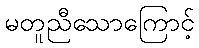
မတူညီသောကြောင့်